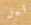
أجل